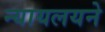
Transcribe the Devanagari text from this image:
न्यायलयने